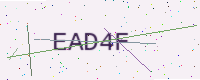
Text: EAD4F